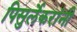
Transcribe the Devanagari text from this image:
पिसुर्लेकरांनी